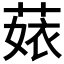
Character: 𦴣